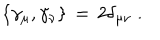
\{ \gamma _ { \mu } , \gamma _ { \nu } \} \, = \, 2 \delta _ { \mu \nu } \; .